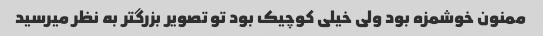
ممنون خوشمزه بود ولی خیلی کوچیک بود تو تصویر بزرگتر به نظر میرسید